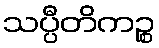
သပ္ပီတိကဉ္စ